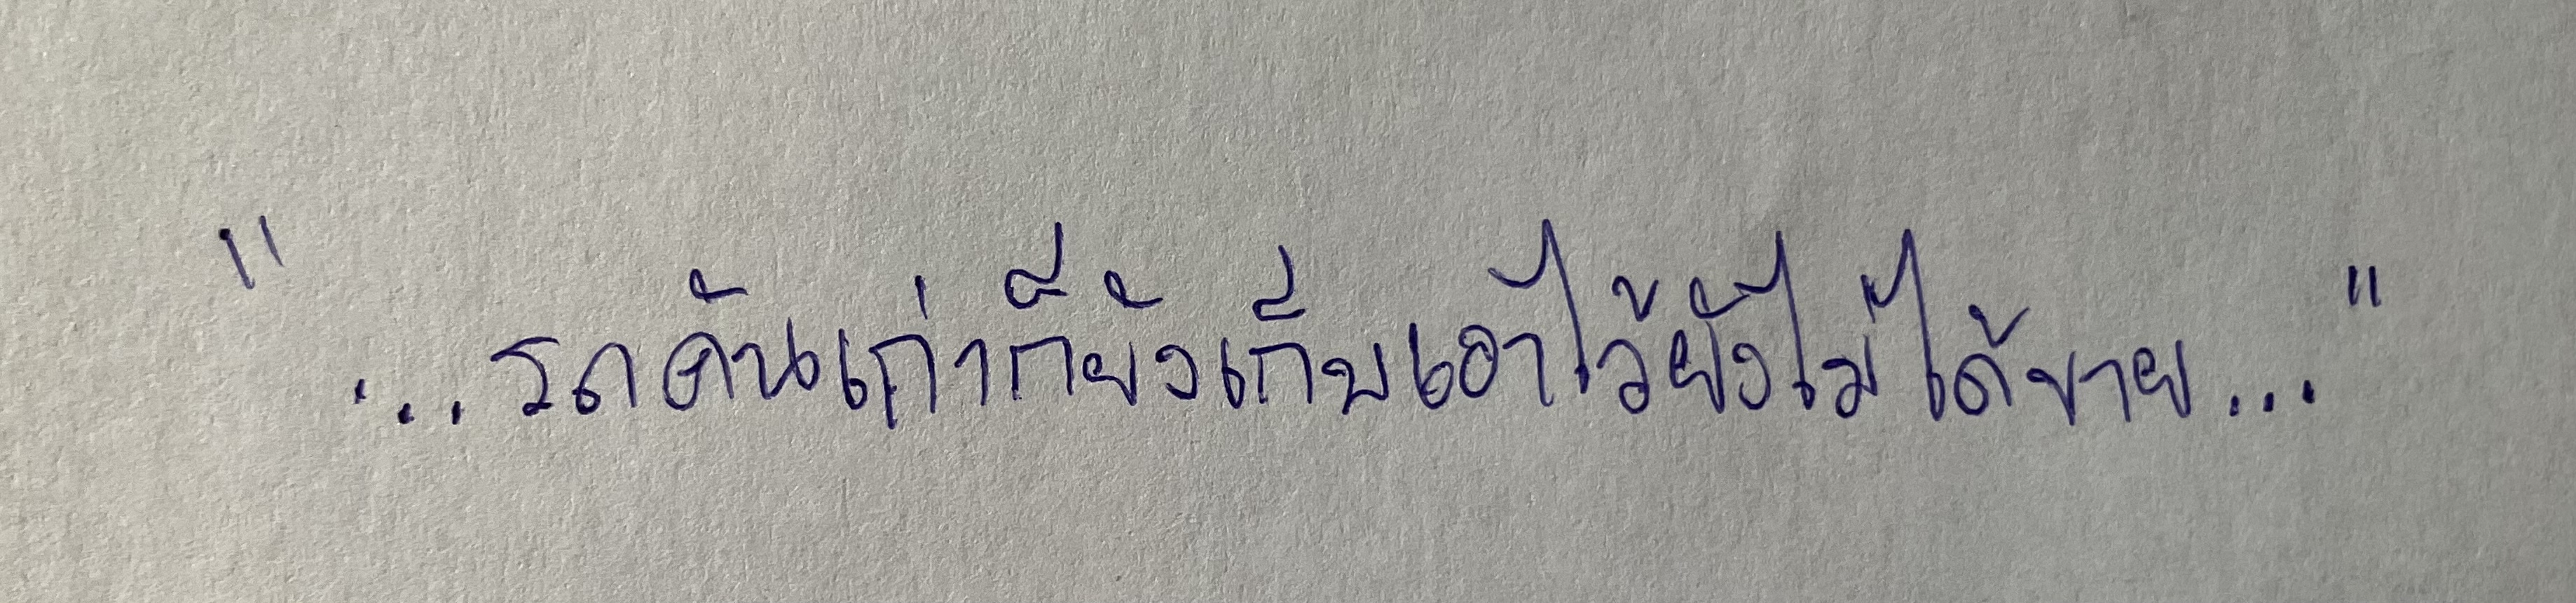
"...รถคันเก่าก็ยังเก็บเอาไว้ยังไม่ได้ขาย..."